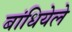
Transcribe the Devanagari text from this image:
बांधियेले